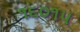
૧૬૦૧૫